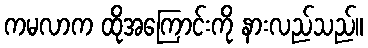
ကမလာက ထိုအကြောင်းကို နားလည်သည်။